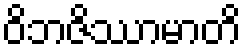
ဝိဘဇိဿာမာတိ